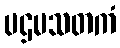
ပဌမသတကံ